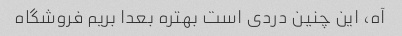
آه، این چنین دردی است بهتره بعدا بریم فروشگاه